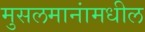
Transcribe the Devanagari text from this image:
मुसलमानांमधील